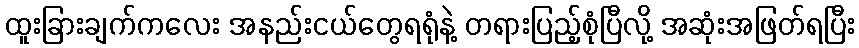
ထူးခြားချက်ကလေး အနည်းငယ်တွေရရုံနဲ့ တရားပြည့်စုံပြီလို့ အဆုံးအဖြတ်ရပြီး